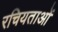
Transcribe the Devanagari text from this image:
रचियताओं